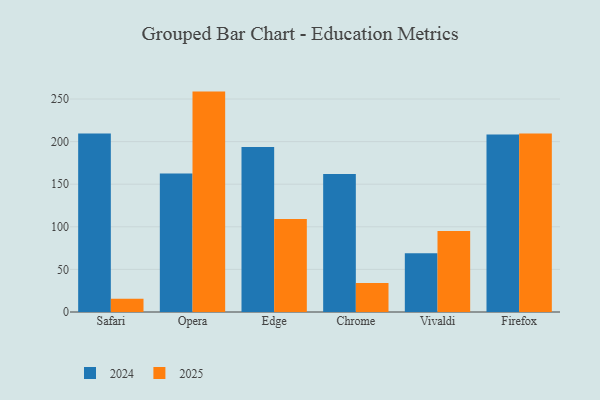
{"axis": {"x": "Browser", "y": "Waste Production (Tons)"}, "legend": ["2024", "2025"], "data": [{"x": "Safari", "y": 15.6, "type": "2025"}, {"x": "Safari", "y": 209.4, "type": "2024"}, {"x": "Opera", "y": 258.7, "type": "2025"}, {"x": "Opera", "y": 162.6, "type": "2024"}, {"x": "Edge", "y": 109.2, "type": "2025"}, {"x": "Edge", "y": 193.7, "type": "2024"}, {"x": "Chrome", "y": 34.1, "type": "2025"}, {"x": "Chrome", "y": 162.1, "type": "2024"}, {"x": "Vivaldi", "y": 95.2, "type": "2025"}, {"x": "Vivaldi", "y": 69.0, "type": "2024"}, {"x": "Firefox", "y": 209.4, "type": "2025"}, {"x": "Firefox", "y": 208.3, "type": "2024"}]}